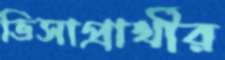
ভিসাপ্রার্থীর